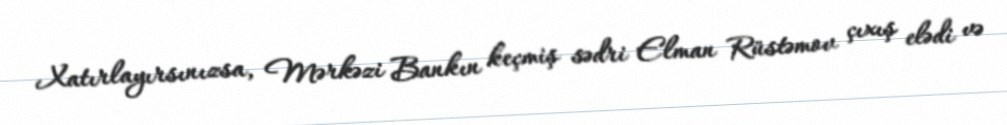
Xatırlayırsınızsa, Mərkəzi Bankın keçmiş sədri Elman Rüstəmov çıxış elədi və